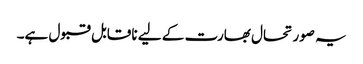
یہ صورتحال بھارت کے لیے ناقابل قبول ہے۔